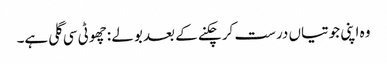
وہ اپنی جوتیاں درست کر چکنے کے بعد بولے :چھوٹی سی گلی ہے۔